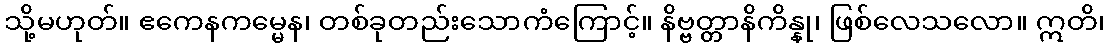
သို့မဟုတ်။ ဧကေနကမ္မေန၊ တစ်ခုတည်းသောကံကြောင့်။ နိဗ္ဗတ္တာနိကိန္နု၊ ဖြစ်လေသလော။ ဣတိ၊